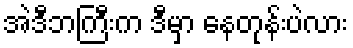
အဲဒီဘကြီးက ဒီမှာ နေတုန်းပဲလား